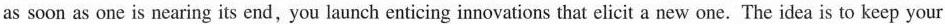
as soon as one is nearing its end, you launch enticing innovations that elicit a new one. The idea is to keep your